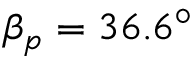
\beta _ { p } = 3 6 . 6 ^ { \circ }